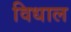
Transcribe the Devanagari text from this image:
विधाल